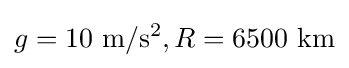
g=10{\text{ m}}/{\text{s}}^{2},R=6500{\text{ km}}